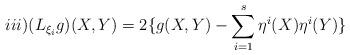
LaTeX: \begin{align*}iii)(L_{\xi _{i}}g)(X,Y)=2\{g(X,Y)-\sum_{i=1}^{s}\eta ^{i}(X)\eta ^{i}(Y)\}\end{align*}